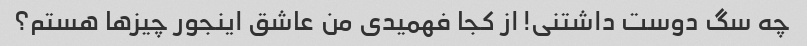
چه سگ دوست داشتنی! از کجا فهمیدی من عاشق اینجور چیزها هستم؟